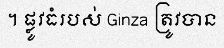
។ ផ្លូវធំរបស់ Ginza ត្រូវបាន